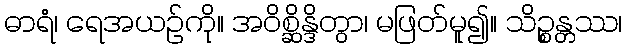
ဓာရံ၊ ရေအယဉ်ကို။ အဝိစ္ဆိန္ဒိတွာ၊ မဖြတ်မူ၍။ သိဉ္စန္တဿ၊